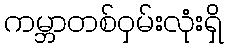
ကမ္ဘာတစ်ဝှမ်းလုံးရှိ